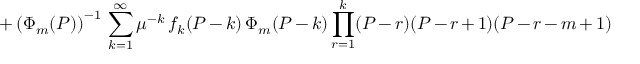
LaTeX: + \left( \Phi _ { m } ( P ) \right) ^ { - 1 } \, \sum _ { k = 1 } ^ { \infty } \mu ^ { - k } \, f _ { k } ( P - k ) \, \Phi _ { m } ( P - k ) \prod _ { r = 1 } ^ { k } ( P - r ) ( P - r + 1 ) ( P - r - m + 1 ) \,